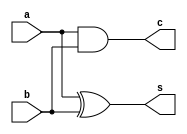
// Half adder using behavioral modeling
module half_adder(c, s, a, b) ;
input a,b;
output c,s;
assign s = a^ b;
assign c = a & b;
endmodule